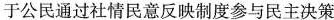
于公民通过社情民意反映制度参与民主决策